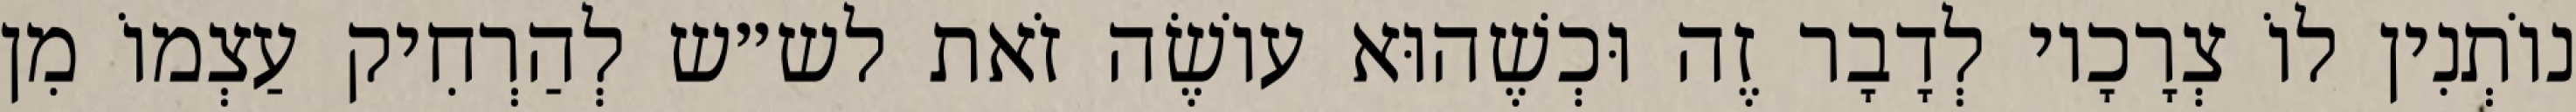
נוֹתְנִין לוֹ צְרָכָיו לְדָבָר זֶה וּכְשֶׁהוּא עוֹשֶׂה זֹאת לש״ש לְהַרְחִיק עַצְמוֹ מִן